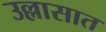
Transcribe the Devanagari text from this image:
उल्लासात